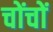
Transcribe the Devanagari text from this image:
चोंचों